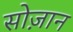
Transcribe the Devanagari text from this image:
सोज़ान